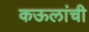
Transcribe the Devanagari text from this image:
कऊलांची